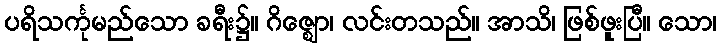
ပရိသင်္ကုမည်သော ခရီး၌။ ဂိဇ္ဈော၊ လင်းတသည်။ အာသိ၊ ဖြစ်ဖူးပြီ။ သော၊